Indian journal of veterinary science and animal husbandry - Volumes 18-21, 1948-1951
Year: 1948
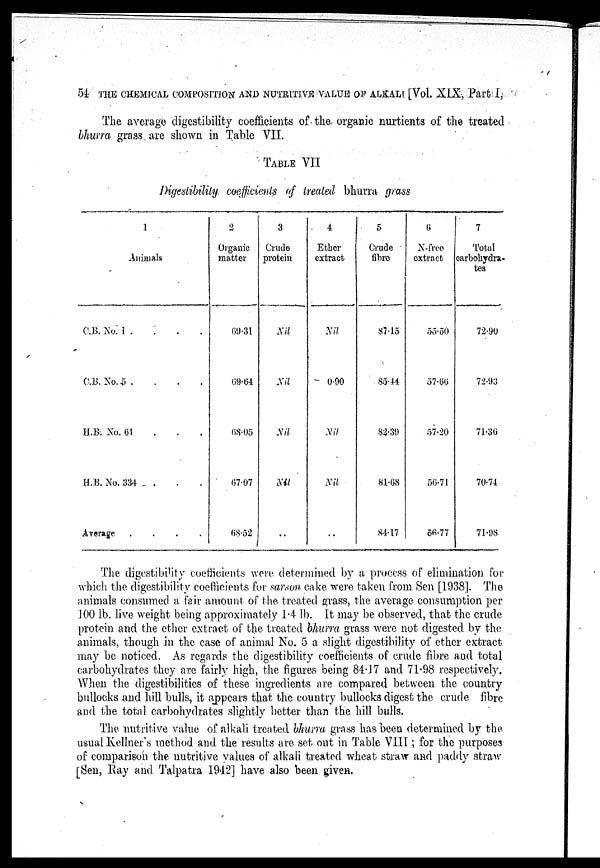
54 THE CHEMICAL COMPOSITION AND NUTRITIVE VALUE OF ALKALI [Vol. XIX, Part I,
The average digestibility coefficients of the organic nurtients of the treated
bhurra grass are shown in Table VII.
TABLE VII
Digestibility coefficients of treated bhurra grass
1
Animals
C.B No. 1 . . . .
C.B. No. 5 . . . .
H.B. No. 61 . . . .
H.B. No. 334 . . . .
Average .
.
.
.
2
Organic
matter
69.31
69.64
08.05
67.07
68.52
3
Crude
protein
Nil
Nil
Nil
Nil
..
4
Ether
extract
Nil
0.90
Nil.
Nil
..
5
Crude
fibre
87.15
85.44
82.39
81.68
84.17
6
N-free
extract
55.50
57.00
57.20
50.71
66.77
7
Total
carbohydra-
tes
72.90
72.93
71.36
70.74
71.98
The digestibility coefficients were determined by a process of elimination for
which the digestibility coefficients for sarson cake were taken from Sen [1938]. The
animals consumed a fair amount of the treated grass, the average consumption per
100 lb. live weight being approximately 14 lb. It may be observed, that the crude
protein and the ether extract of the treated bhurra grass were not digested by the
animals, though in the case of animal No. 5 a slight digestibility of ether extract
may be noticed. As regards the digestibility coefficients of crude fibre and total
carbohydrates they are fairly high, the figures being 84.17 and 71.98 respectively.
When the digestibilities of these ingredients are compared between the country
bullocks and hill bulls, it appears that the country bullocks digest the crude fibre
and the total carbohydrates slightly better than the hill bulls.
The nutritive value of alkali treated bhurra grass has been determined by the
usual Kellner's method and the results are set out in Table VIII; for the purposes
of comparison the nutritive values of alkali treated wheat straw and paddy straw
[Sen, Ray and Talpatra 1942] have also been given.